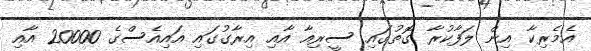
އެމެރިކާ އިން ލަފާކުރާ ގޮތުގައި ސީރިއާ އާއި އިރާގުގައި އައިއެސްގެ 20000 އާއި